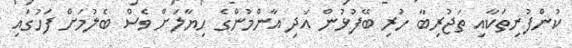
ކުންފުނިތަކާއި ތަޖުރިބާ ހުރި ބޭފުޅުން އަދި އާންމުންގެ ހިޔާލަށް ވެސް ބެލުމަށް ފަހުގައި